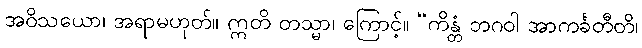
အဝိသယော၊ အရာမဟုတ်။ ဣတိ တသ္မာ၊ ကြောင့်။ “ကိန္တံ ဘဂဝါ အာကင်္ခတီတိ၊